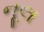
નૂલ